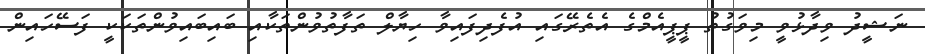
ނަޝީދު ވިދާޅުވީ މިވަގުތު ޕީޕީއެމްގެ އެތެރޭގައި އުފެދިފައިވާ ހިޔާލް ތަފާތުވުންތަކާއި ބައިބައިވުންތަކަކީ ފަސޭހައިން